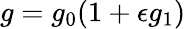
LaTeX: g=g_{0}(1+\epsilon g_{1})